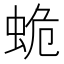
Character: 蛫